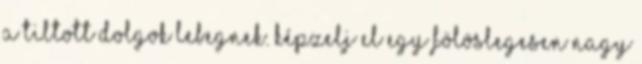
a tiltott dolgok lebegnek. Képzelj el egy fölöslegesen nagy